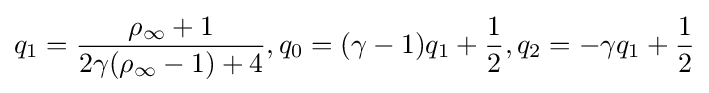
q_{1}={\frac {\rho _{\infty }+1}{2\gamma (\rho _{\infty }-1)+4}},q_{0}=(\gamma -1)q_{1}+{\frac {1}{2}},q_{2}=-\gamma q_{1}+{\frac {1}{2}}